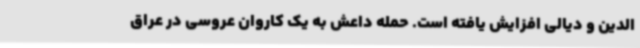
الدین و دیالی افزایش یافته است. حمله داعش به یک کاروان عروسی در عراق